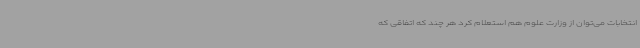
انتخابات می‌توان از وزارت علوم هم استعلام کرد هر چند که اتفاقی که